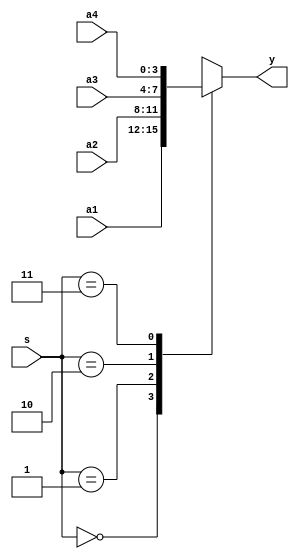
module mux4x1(
	input [3:0] a1, a2, a3, a4,
	input [1:0] s,
	output reg [3:0] y
);

always@(*) begin
	case(s)
		2'b00 : y = a1;
		2'b01 : y = a2;
		2'b10 : y = a3;
		2'b11 : y = a4;
		default : y = 4'b0000;
	endcase
end

endmodule